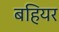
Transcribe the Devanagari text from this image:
बहियर